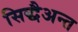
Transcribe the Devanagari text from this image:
सिद्धैअन्त